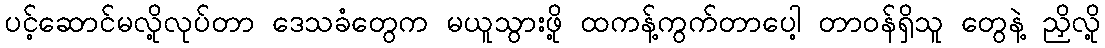
ပင့်ဆောင်မလို့လုပ်တာ ဒေသခံတွေက မယူသွားဖို့ ထကန့်ကွက်တာပေါ့ တာဝန်ရှိသူ တွေနဲ့ ညှိလို့